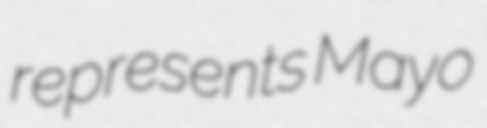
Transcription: represents Mayo